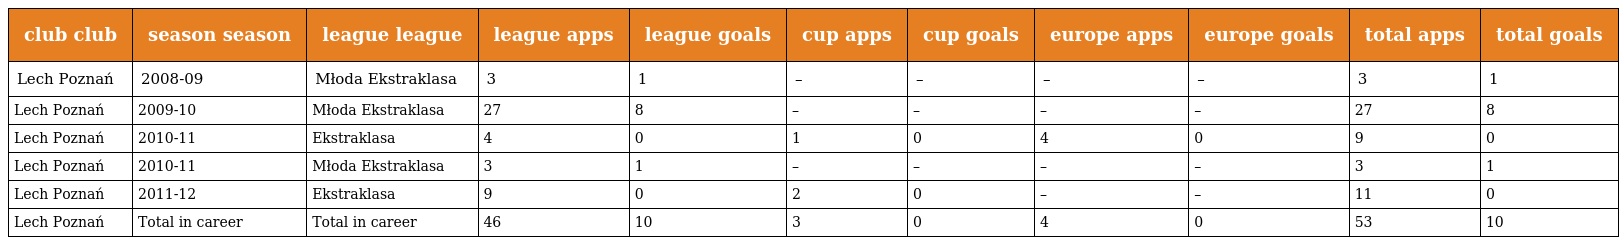
| club club | season season | league league | league apps | league goals | cup apps | cup goals | europe apps | europe goals | total apps | total goals |
 | --- | --- | --- | --- | --- | --- | --- | --- | --- | --- | --- |
 | Lech Poznań | 2008-09 | Młoda Ekstraklasa | 3 | 1 | – | – | – | – | 3 | 1 |
 | Lech Poznań | 2009-10 | Młoda Ekstraklasa | 27 | 8 | – | – | – | – | 27 | 8 |
 | Lech Poznań | 2010-11 | Ekstraklasa | 4 | 0 | 1 | 0 | 4 | 0 | 9 | 0 |
 | Lech Poznań | 2010-11 | Młoda Ekstraklasa | 3 | 1 | – | – | – | – | 3 | 1 |
 | Lech Poznań | 2011-12 | Ekstraklasa | 9 | 0 | 2 | 0 | – | – | 11 | 0 |
 | Lech Poznań | Total in career | Total in career | 46 | 10 | 3 | 0 | 4 | 0 | 53 | 10 |